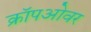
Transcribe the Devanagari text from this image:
क्रॉपओवर